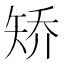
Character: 矫